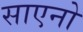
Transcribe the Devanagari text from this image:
साएनो